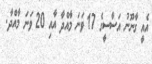
އެއީ ގާނޫނު އަސާސީގެ 17 ވަނަ މާއްދާ އާއި 20 ވަނަ މާއްދާ.